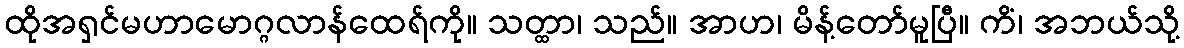
ထိုအရှင်မဟာမောဂ္ဂလာန်ထေရ်ကို။ သတ္ထာ၊ သည်။ အာဟ၊ မိန့်တော်မူပြီ။ ကိံ၊ အဘယ်သို့